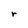
Character: r